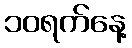
၁၀ရက်နေ့